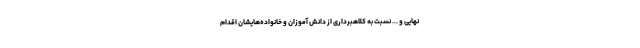
نهایی و ... نسبت به کلاهبرداری از دانش آموزان و خانواده‌هایشان اقدام